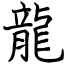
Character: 龍